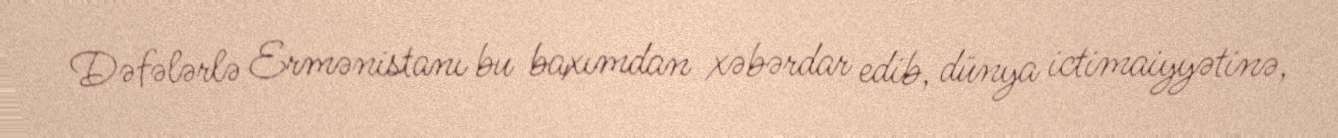
Dəfələrlə Ermənistanı bu baxımdan xəbərdar edib, dünya ictimaiyyətinə,